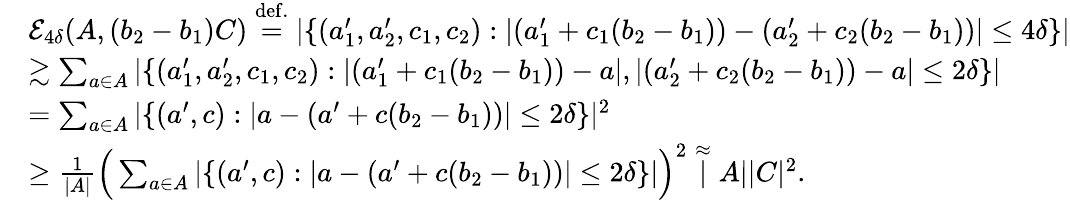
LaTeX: \begin{array}{rl}&{\mathcal{E}_{4\delta}(A,(b_{2}-b_{1})C)\stackrel{\mathrm{def.}}{=}|\{ (a_{1}^{\prime},a_{2}^{\prime},c_{1},c_{2}):|(a_{1}^{\prime}+c_{1}(b_{2}-b_{1}))-(a_{2}^{\prime}+c_{2}(b_{2}-b_{1}))|\leq 4\delta\} |}\\ &{\gtrsim\sum_{a\in A}|\{ (a_{1}^{\prime},a_{2}^{\prime},c_{1},c_{2}):|(a_{1}^{\prime}+c_{1}(b_{2}-b_{1}))-a|,|(a_{2}^{\prime}+c_{2}(b_{2}-b_{1}))-a|\leq 2\delta\} |}\\ &{=\sum_{a\in A}|\{ (a^{\prime},c):|a-(a^{\prime}+c(b_{2}-b_{1}))|\leq 2\delta\} |^{2}}\\ &{\geq\frac{1}{|A|}\Big(\sum_{a\in A}|\{ (a^{\prime},c):|a-(a^{\prime}+c(b_{2}-b_{1}))|\leq 2\delta\} |\Big)^{2}\stackrel{\approx}|A||C|^{2}.}\end{array}